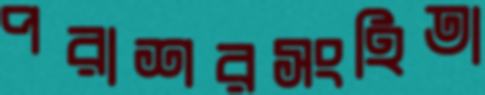
পরাশরসংহিতা